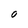
Character: O